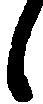
候